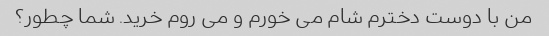
من با دوست دخترم شام می خورم و می روم خرید. شما چطور؟